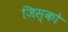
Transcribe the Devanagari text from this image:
जिस्को